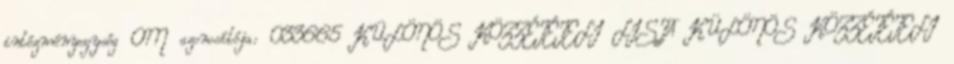
intézményegység OM azonosítója: 033665 KÜLÖNÖS KÖZZÉTÉTELI LISTA KÜLÖNÖS KÖZZÉTÉTELI